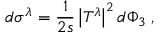
d \sigma ^ { \lambda } = \frac { 1 } { 2 s } \left| T ^ { \lambda } \right| ^ { 2 } d \Phi _ { 3 } \; ,